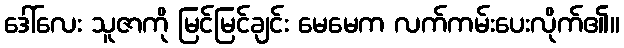
ဒေါ်လေး သူဇာကို မြင်မြင်ချင်း မေမေက လက်ကမ်းပေးလိုက်၏။